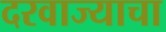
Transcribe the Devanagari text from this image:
दरवाज्याचा